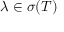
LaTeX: \lambda \in \sigma ( T )